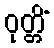
ဝုတ္တိံ